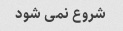
شروع نمی شود